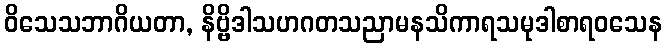
ဝိသေသဘာဂိယတာ, နိဗ္ဗိဒါသဟဂတသညာမနသိကာရသမုဒါစာရဝသေန